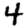
Digit: 4